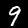
Digit: 9